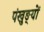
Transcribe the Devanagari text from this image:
पंखुङ्यों